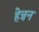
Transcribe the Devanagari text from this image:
हेन्नन